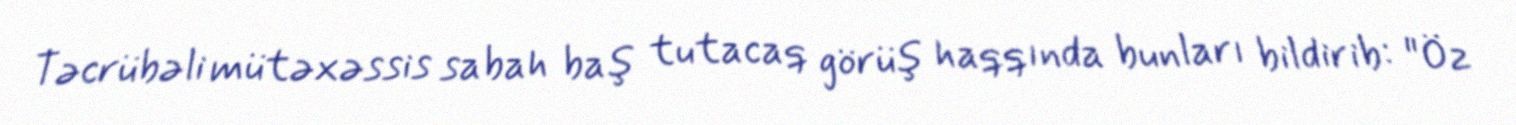
Təcrübəli mütəxəssis sabah baş tutacaq görüş haqqında bunları bildirib: "Öz